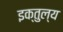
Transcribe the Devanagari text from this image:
इक्तुल्य